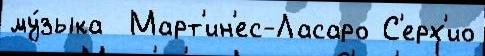
му́зыка  Март'ин'ес-Ласаро С'ерх'ио